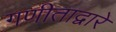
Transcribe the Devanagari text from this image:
गणीताद्वारे